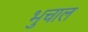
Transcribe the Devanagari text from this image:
भुचाल